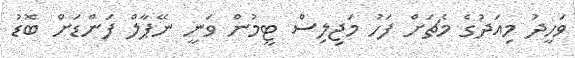
ވަހީދު މިއަދުގެ މެޗަށް ފަހު މަޖިލިސް ޓީމުން ވަނީ ނޭޕާލް ފަންޑަށް ބޮޑު